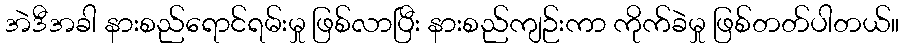
အဲဒီအခါ နားစည်ရောင်ရမ်းမှု ဖြစ်လာပြီး နားစည်ကျဉ်းကာ ကိုက်ခဲမှု ဖြစ်တတ်ပါတယ်။